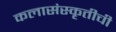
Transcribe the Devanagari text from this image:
कलासंस्कृतीची